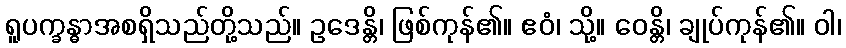
ရူပက္ခန္ဓာအစရှိသည်တို့သည်။ ဥဒေန္တိ၊ ဖြစ်ကုန်၏။ ဧဝံ၊ သို့။ ဝေန္တိ၊ ချုပ်ကုန်၏။ ဝါ၊